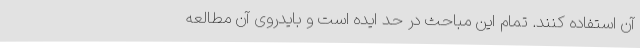
آن استفاده کنند. تمام این مباحث در حد ایده است و بایدروی آن مطالعه